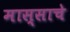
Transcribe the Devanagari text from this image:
मास्साचे